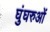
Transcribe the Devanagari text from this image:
घुंघरुओं